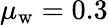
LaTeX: \mu_{\mathrm{w}}=0.3